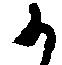
か